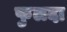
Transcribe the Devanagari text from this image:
फुलदा